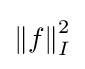
\left\|f\right\|_{I}^{2}